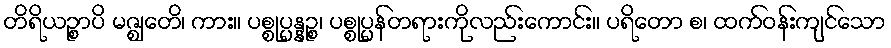
တိရိယဉ္စာပိ မဇ္ဈေတိ၊ ကား။ ပစ္စုပ္ပန္နဉ္စ၊ ပစ္စုပ္ပန်တရားကိုလည်းကောင်း။ ပရိတော စ၊ ထက်ဝန်းကျင်သော